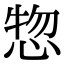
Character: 惣